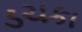
ડચકા